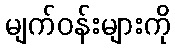
မျက်ဝန်းများကို